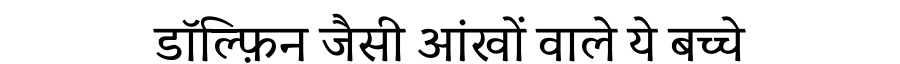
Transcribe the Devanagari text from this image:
डॉल्फ़िन जैसी आंखों वाले ये बच्चे